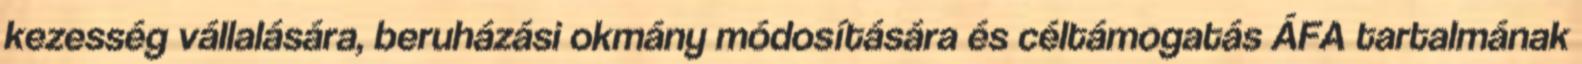
kezesség vállalására, beruházási okmány módosítására és céltámogatás ÁFA tartalmának